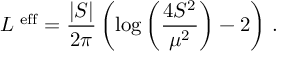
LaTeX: { \cal L } ^ { \mathrm { \scriptsize ~ e f f } } = \frac { | S | } { 2 \pi } \left( \log { \left( \frac { 4 S ^ { 2 } } { \mu ^ { 2 } } \right) } - 2 \right) \, .